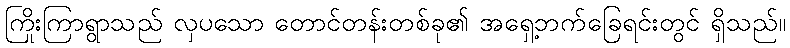
ကြိုးကြာရွာသည် လှပသော တောင်တန်းတစ်ခု၏ အရှေ့ဘက်ခြေရင်းတွင် ရှိသည်။